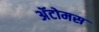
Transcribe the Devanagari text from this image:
अॅटोमस